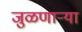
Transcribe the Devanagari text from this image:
जुळणार्‍या